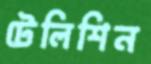
টেলিশিন